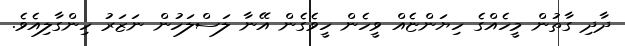
ދާދި ގާތުން މީހެއްގެ ހިޔަންޏެއް ވީހެން ހީވެގެން އޭނާ ލަސްލަހުން ނަޒަރު ހިންގާލިއެވެ.